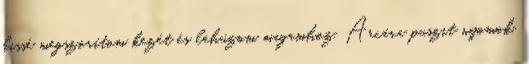
kissé megszorítom kezét és lehúzom magamhoz. Arcára puszit nyomok,